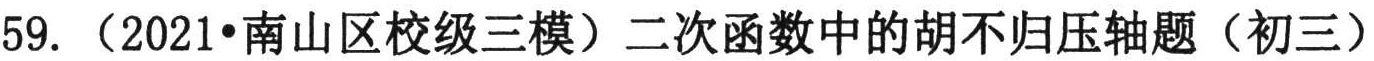
59. （2021•南山区校级三模）二次函数中的胡不归压轴题（初三）